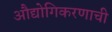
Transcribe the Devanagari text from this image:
औद्योगिकरणाची